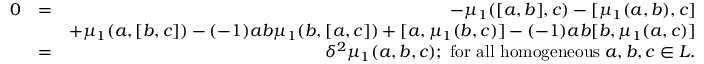
\begin{array} { r l r } { 0 } & { = } & { - \mu _ { 1 } ( [ a , b ] , c ) - [ \mu _ { 1 } ( a , b ) , c ] } \\ & { } & { + \mu _ { 1 } ( a , [ b , c ] ) - ( - 1 ) { a b } \mu _ { 1 } ( b , [ a , c ] ) + [ a , \mu _ { 1 } ( b , c ) ] - ( - 1 ) { a b } [ b , \mu _ { 1 } ( a , c ) ] } \\ & { = } & { \delta ^ { 2 } \mu _ { 1 } ( a , b , c ) ; \; \mathrm { f o r ~ a l l ~ h o m o g e n e o u s } \; a , b , c \in L . } \end{array}